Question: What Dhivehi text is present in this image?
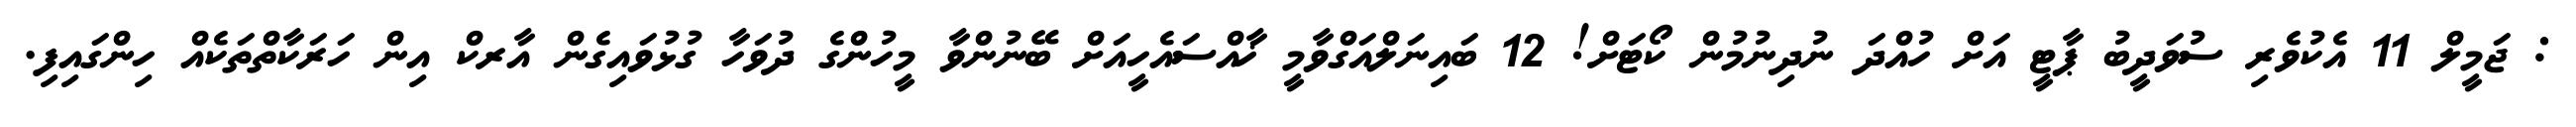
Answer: : ޖަމީލް 11 އެކުވެރި ސުވަދީބު ޕާޓީ އަށް ހުއްދަ ނުދިނުމުން ކޯޓަށް! 12 ބައިނަލްއަގްވާމީ ޚާއްސައެހީއަށް ބޭނުންވާ މީހުންގެ ދުވަހާ ގުޅުވައިގެން އާރކް އިން ހަރަކާތްތަކެއް ހިންގައިފި.